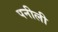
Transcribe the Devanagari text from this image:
पनीली